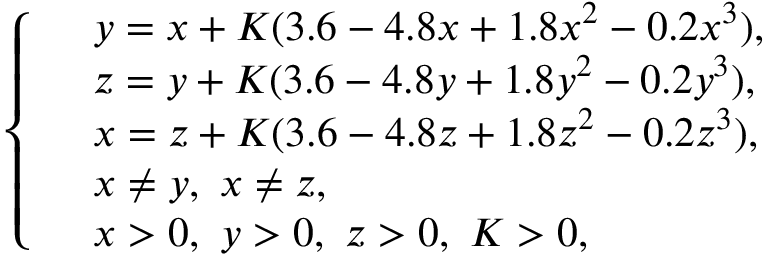
\left\{ \begin{array} { r l } & { y = x + K ( 3 . 6 - 4 . 8 x + 1 . 8 x ^ { 2 } - 0 . 2 x ^ { 3 } ) , } \\ & { z = y + K ( 3 . 6 - 4 . 8 y + 1 . 8 y ^ { 2 } - 0 . 2 y ^ { 3 } ) , } \\ & { x = z + K ( 3 . 6 - 4 . 8 z + 1 . 8 z ^ { 2 } - 0 . 2 z ^ { 3 } ) , } \\ & { { x \neq y , ~ x \neq z , } } \\ & { x > 0 , ~ y > 0 , ~ z > 0 , ~ K > 0 , } \end{array} \right.